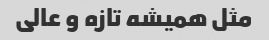
مثل همیشه تازه ‌و عالی